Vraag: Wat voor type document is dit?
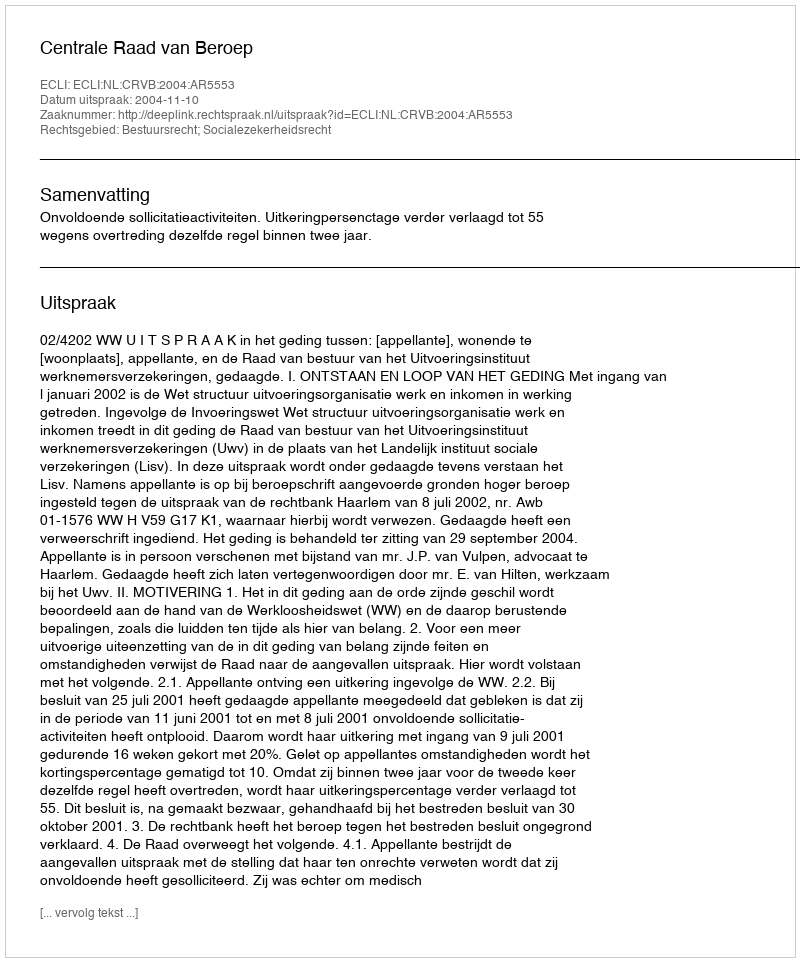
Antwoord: Uitspraak